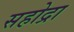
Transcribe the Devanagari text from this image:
सहोद्रा